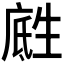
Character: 𪽅